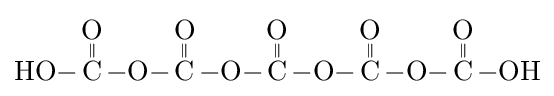
{\ce {HO-{\overset {\displaystyle O \atop \|}{C}}-O-{\overset {\displaystyle O \atop \|}{C}}-O-{\overset {\displaystyle O \atop \|}{C}}-O-{\overset {\displaystyle O \atop \|}{C}}-O-{\overset {\displaystyle O \atop \|}{C}}-OH}}